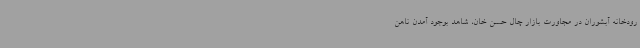
رودخانه آبشوران در مجاورت بازار چال حسن خان، شاهد بوجود آمدن ناهن